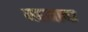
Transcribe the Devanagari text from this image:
महमाया